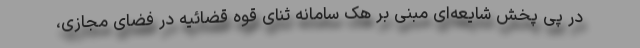
در پی پخش شایعه‌ای مبنی بر هک سامانه ثنای قوه قضائیه در فضای مجازی،